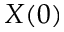
X ( 0 )